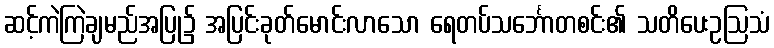
ဆင့်ကဲကြဲချမည်အပြု၌ အပြင်းခုတ်မောင်းလာသော ရေတပ်သင်္ဘောတစင်း၏ သတိပေးဥဩသံ